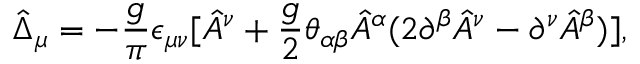
\hat { \Delta } _ { \mu } = - { \frac { g } { \pi } } \epsilon _ { \mu \nu } [ \hat { A } ^ { \nu } + { \frac { g } { 2 } } \theta _ { \alpha \beta } \hat { A } ^ { \alpha } ( 2 \partial ^ { \beta } \hat { A } ^ { \nu } - \partial ^ { \nu } \hat { A } ^ { \beta } ) ] ,